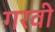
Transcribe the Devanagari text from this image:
गरवी